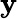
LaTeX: \textit{\textbf{y}}